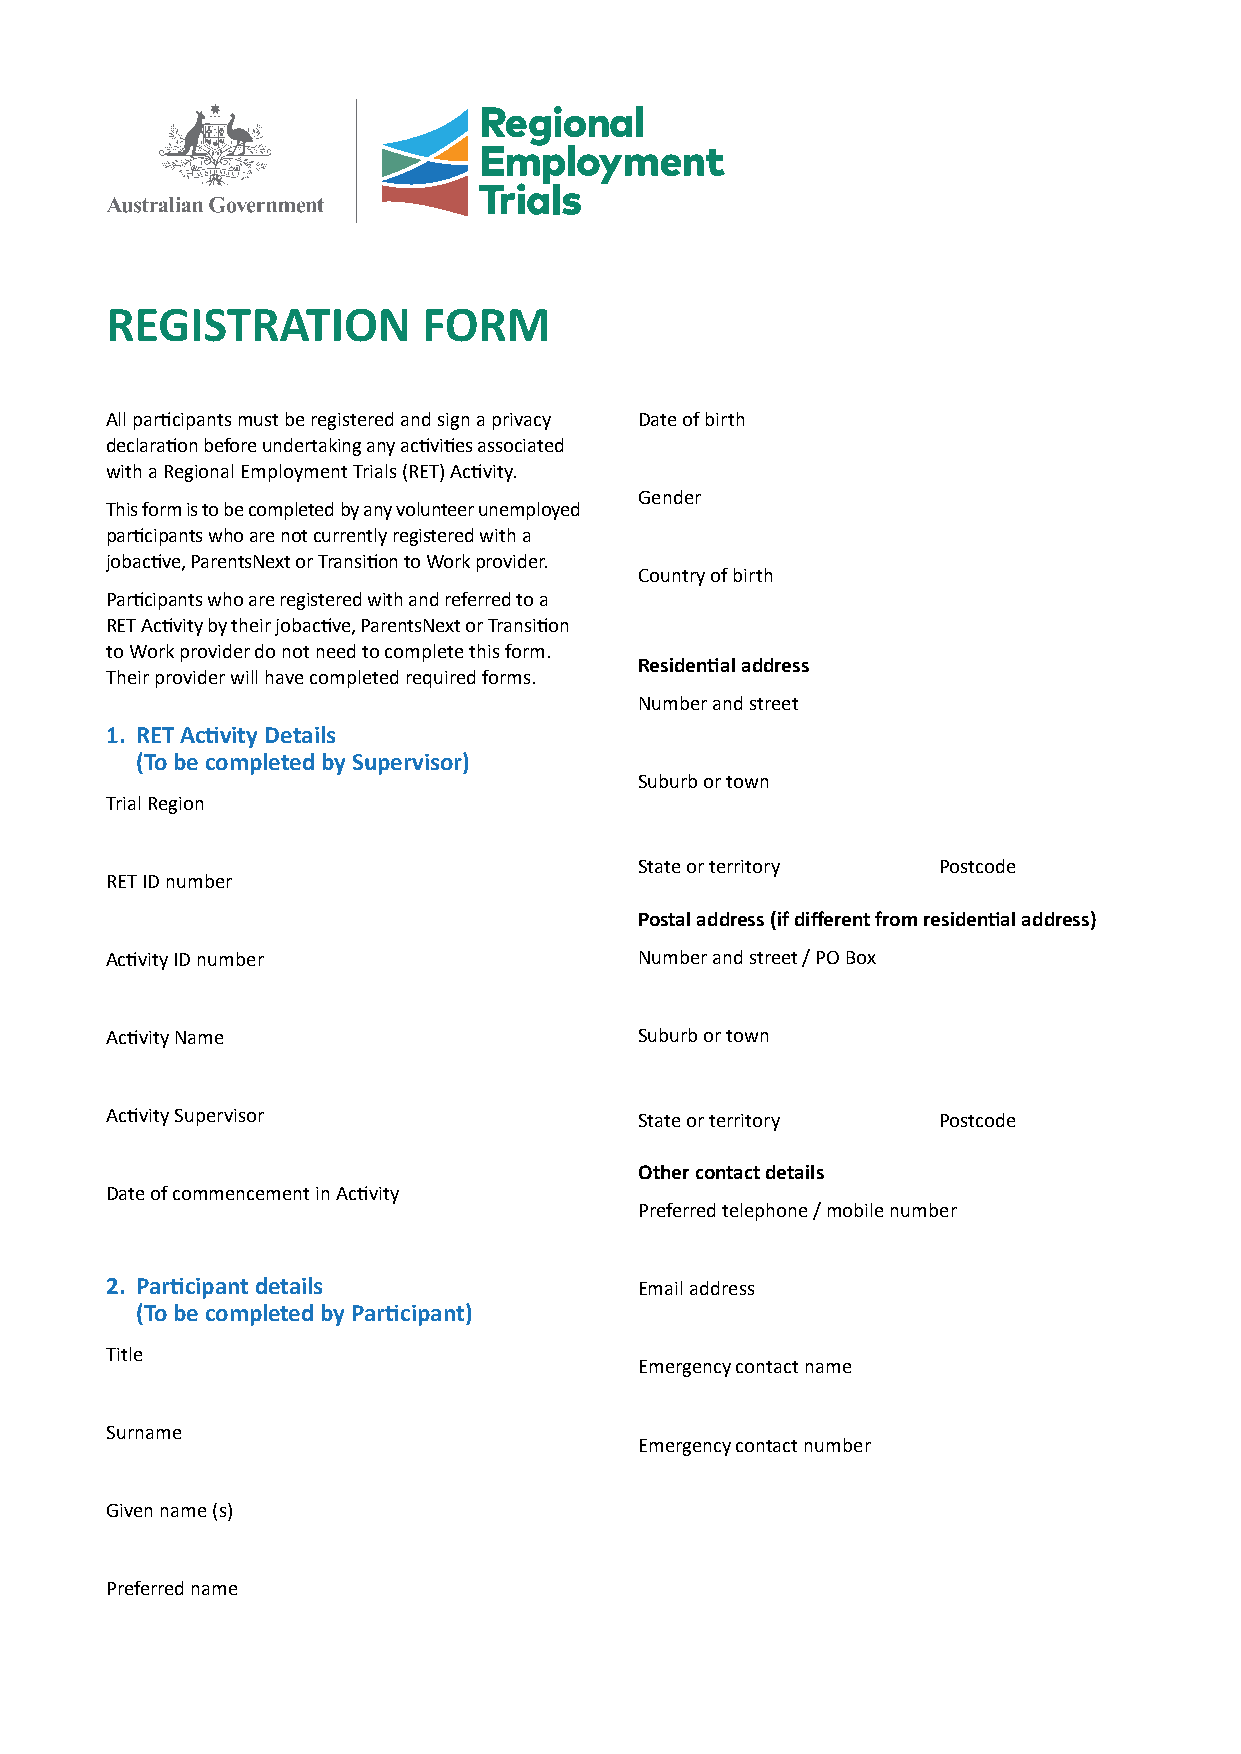
REGISTRATION         FORM
 All participants must be registered and sign a privacy Date of birth
 declaration before undertaking any activities associated
 with a Regional Employment Trials (RET) Activity.
 Gender
 This form is to be completed by any volunteer unemployed
 participants who are not currently registered with a
 jobactive, ParentsNext or Transition to Work provider.
 Country of birth
 Participants who are registered with and referred to a
 RET Activity by their jobactive, ParentsNext or Transition
 to Work provider do not need to complete this form.
 Residential address
 Their provider will have completed required forms.
 Number and street
 1. RET Activity Details
 (To be completed by Supervisor)
 Suburb or town
 Trial Region
 State or territory  Postcode
 RET ID number
 Postal address (if different from residential address)
 Activity ID number                 Number and street / PO Box
 Activity Name                      Suburb or town
 Activity Supervisor                State or territory  Postcode
 Other contact details
 Date of commencement in Activity
 Preferred telephone / mobile number
 2. Participant details             Email address
 (To be completed by Participant)
 Title
 Emergency contact name
 Surname
 Emergency contact number
 Given name (s)
 Preferred name